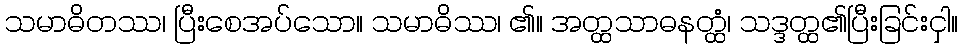
သမာဓိတဿ၊ ပြီးစေအပ်သော။ သမာဓိဿ၊ ၏။ အတ္ထသာဓနတ္ထံ၊ သဒ္ဒတ္ထ၏ပြီးခြင်းငှါ။